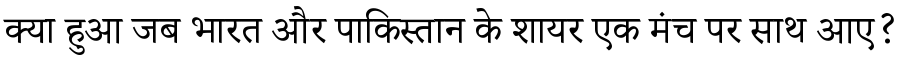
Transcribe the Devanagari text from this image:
क्या हुआ जब भारत और पाकिस्तान के शायर एक मंच पर साथ आए?